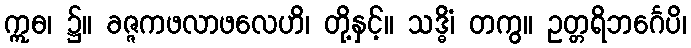
ဣဓ၊ ၌။ ခဇ္ဇကဖလာဖလေဟိ၊ တို့နှင့်။ သဒ္ဓိံ၊ တကွ။ ဥတ္တရိဘင်္ဂေပိ၊